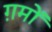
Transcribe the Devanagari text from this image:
ग़मों